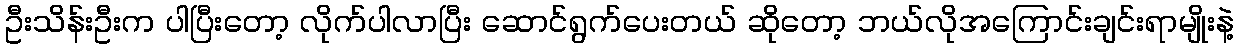
ဦးသိန်းဦးက ပါပြီးတော့ လိုက်ပါလာပြီး ဆောင်ရွက်ပေးတယ် ဆိုတော့ ဘယ်လိုအကြောင်းချင်းရာမျိုးနဲ့